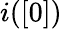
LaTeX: i([0])